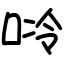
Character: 唥